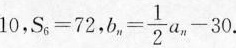
1 0$$，$$S _ { 6 } = 7 2$$， $$b _ { n } = \frac { 1 } { 2 } a _ { n } - 3 0$$.